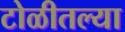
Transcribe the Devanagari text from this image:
टोळीतल्या